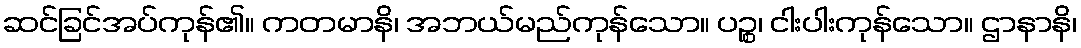
ဆင်ခြင်အပ်ကုန်၏။ ကတမာနိ၊ အဘယ်မည်ကုန်သော။ ပဉ္စ၊ ငါးပါးကုန်သော။ ဌာနာနိ၊